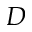
D